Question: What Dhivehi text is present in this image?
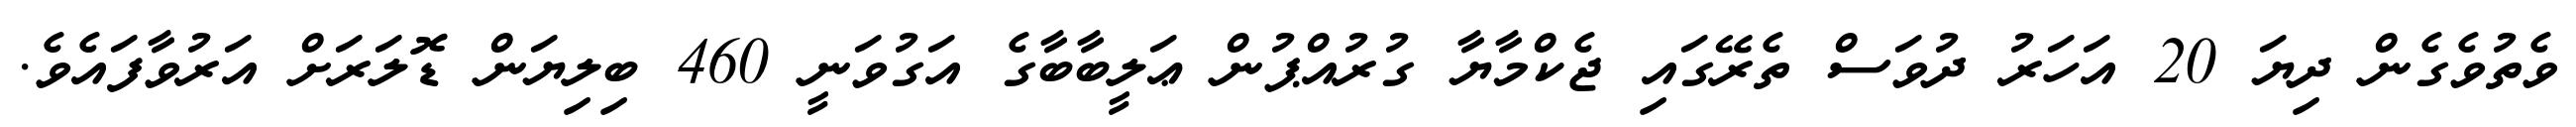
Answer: ވެތުވެގެން ދިޔަ 20 އަހަރު ދުވަސް ތެރޭގައި ޖެކްމާޔާ ގުރުއްޕުން ޢަލީބާބާގެ އަގުވަނީ 460 ބިލިޔަން ޑޮލަރަށް އަރުވާފައެވެ.